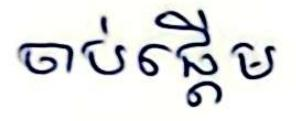
ចាប់ផ្ដើម